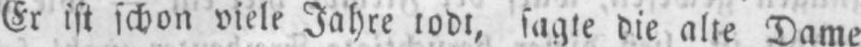
Er ist schon viele Jahre todt, sagte die alte Dame